Vaccination returns of the Province of Eastern Bengal and Assam - 1905-1912
Year: 1905
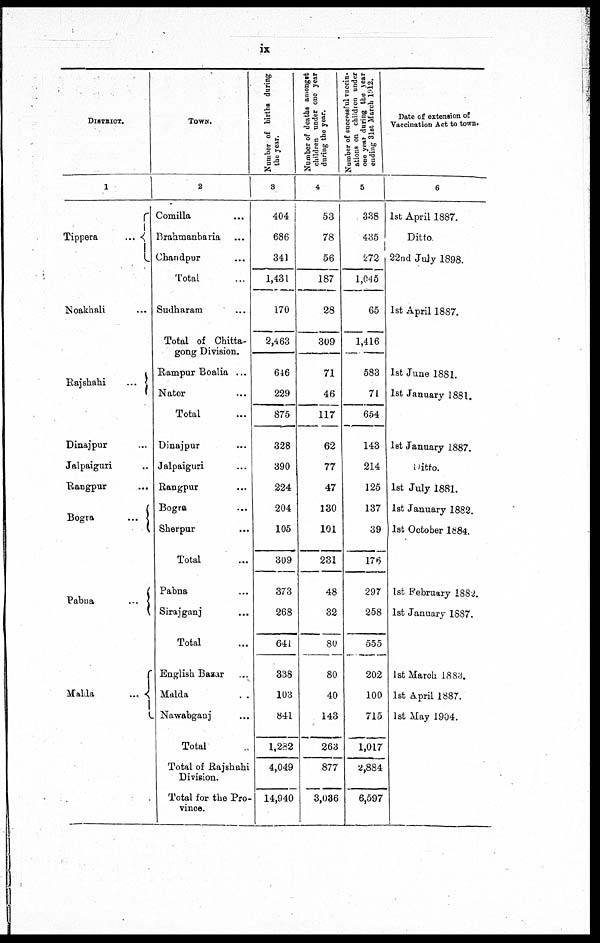
ix
DISTRICT.
1
Tippera
...
Noakhali ...
Rajshahi
...
Dinajpur ...
Jalpaiguri ...
Rangpur ...
Bogra
...
Pabna
...
Malda
...
Town.
2
Comilla ...
Brahmanbaria ...
Chandpur ...
Total ...
Sudharam ...
Total of Chitta-
gong Division.
Rampur Boalia ...
Nator ...
Total ...
Dinajpur ...
Jalpaiguri ...
Rangpur ...
Bogra ...
Sherpur ...
Total ...
Pabna ...
Sirajganj ...
Total ...
English Bazar ...
Malda
...
Nawabganj ...
Total ...
Total of Rajshahi
Division.
Total for the Pro-
vince.
Number of births during
the year.
3
404
686
341
1,431
170
2,463
646
229
875
328
390
224
204
105
309
373
268
641
338
103
841
1,282
4,049
14,940
Number of deaths amongst
children under one year
during the year.
4
53
78
56
187
28
309
71
46
117
62
77
47
130
101
231
48
32
80
80
40
143
263
877
3,036
Number of successful vaccin-
ations on children under
one year during the year
ending 31st March 1912.
5
338
435
272
1,045
65
1,416
583
71
654
143
214
125
137
39
176
297
258
555
202
100
715
1,017
2,884
6,597
Date of extension of
Vaccination Act to town.
6
1st April 1887.
Ditto
22nd July 1898.
1st April 1887.
1st June 1881.
1st January 1881.
1st January 1887.
Ditto.
1st July 1881.
1st January 1882.
1st October 1884.
1st February 1882.
1st January 1887.
1st March 1883.
1st April 1887.
1st May 1904.